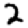
Digit: 2